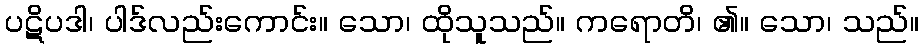
ပဋိပဒါ၊ ပါဒ်လည်းကောင်း။ သော၊ ထိုသူသည်။ ကရောတိ၊ ၏။ သော၊ သည်။